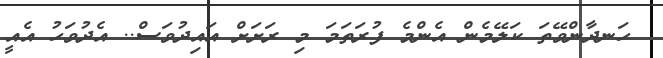
ހަނދާންވޭތަ ކަލޭމެން އެންމެ ފުރަތަމަ މި ރަށަށް އައިދުވަސް.. އެދުވަހު އެއީ